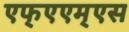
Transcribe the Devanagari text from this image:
एफ्‌एएम्‌एस